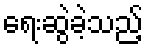
ရေးဆွဲခဲ့သည့်